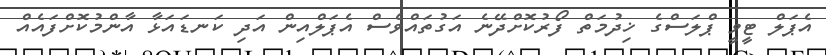
އެޕަލް ޓީވީ ޕްލަސްގެ ޚިދުމަތް ފޯރުކޮށްދޭނެ އަގުތައްވެސް އެޕަލްއިން އަދި ކަނޑައަޅާ އާންމުކޮށްފައެއް